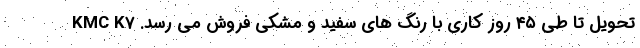
تحویل تا طی ۴۵ روز کاری با رنگ های سفید و مشکی فروش می رسد. KMC K7